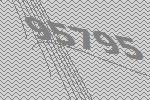
95795